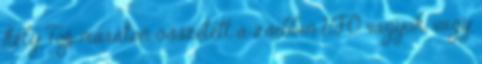
hely Top maraton összetett a zsebben UFO vagyok, vagy